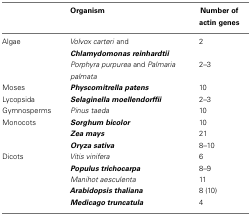
|  | Organism | Number of actin genes |
 | --- | --- | --- |
 | Algae | Volvox carteri andChlamydomonas reinhardtii | 2 |
 |  | Porphyra purpurea and Palmariapalmata | 2–3 |
 | Moses | Physcomitrella patens | 10 |
 | Lycopsida | Selaginella moellendorffii | 2–3 |
 | Gymnosperms | Pinus taeda | 10 |
 | Monocots | Sorghum bicolor | 10 |
 |  | Zea mays | 21 |
 |  | Oryza sativa | 8–10 |
 | Dicots | Vitis vinifera | 6 |
 |  | Populus trichocarpa | 8–9 |
 |  | Manihot aesculenta | 11 |
 |  | Arabidopsis thaliana | 8 (10) |
 |  | Medicago truncatula | 4 |